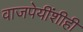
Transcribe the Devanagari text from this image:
वाजपेयींशीही